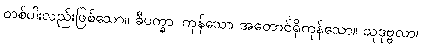
တစ်ပါးလည်းဖြစ်သော။ ခီပက္ခာ၊ ကုန်သော အတောင်ရှိကုန်သော။ သုဒုဗ္ဗလာ၊